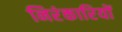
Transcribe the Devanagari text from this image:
निरंकारियों